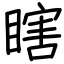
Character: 瞎